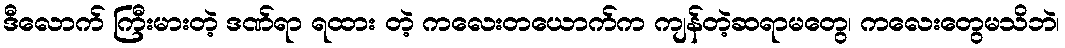
ဒီလောက် ကြီးမားတဲ့ ဒဏ်ရာ ရထား တဲ့ ကလေးတယောက်က ကျန်တဲ့ဆရာမတွေ၊ ကလေးတွေမသိဘဲ၊